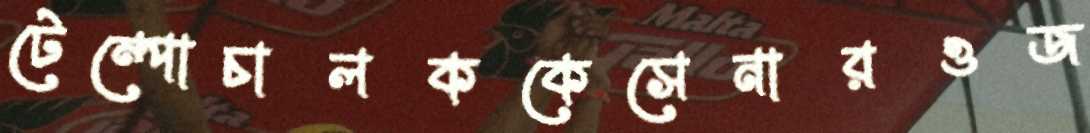
টেম্পোচালককেসেনারওজ